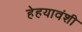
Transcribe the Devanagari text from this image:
हेहयावंशी